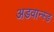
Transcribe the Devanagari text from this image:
अडवान्स्ड